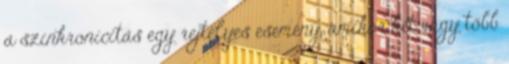
a szinkronicitás egy rejtélyes esemény, amikor két vagy több